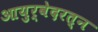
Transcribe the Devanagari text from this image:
आयुर्वेदरत्न